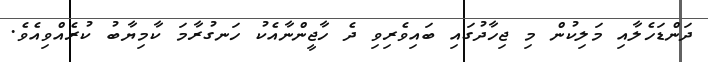
ދަންޑަހެލާއި މަލިކުން މި ޖިހާދުގައި ބައިވެރިވި ދެ ހާޖީންނާއެކު ހަނގުރާމަ ކާމިޔާބު ކުރެއްވިއެވެ.